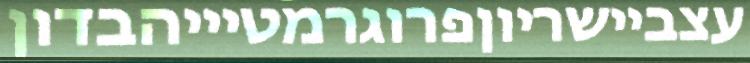
עצביישריוןפרוגרמטיייהבדון